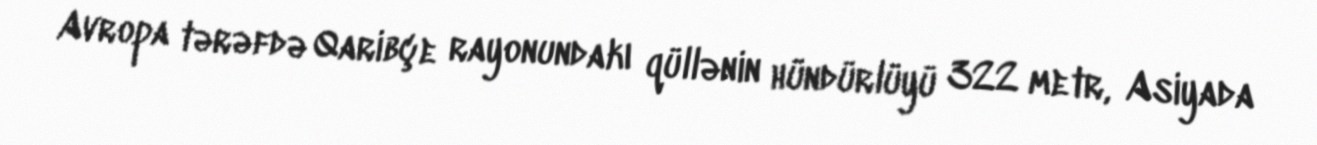
Avropa tərəfdə Qaribçe rayonundakı qüllənin hündürlüyü 322 metr, Asiyada